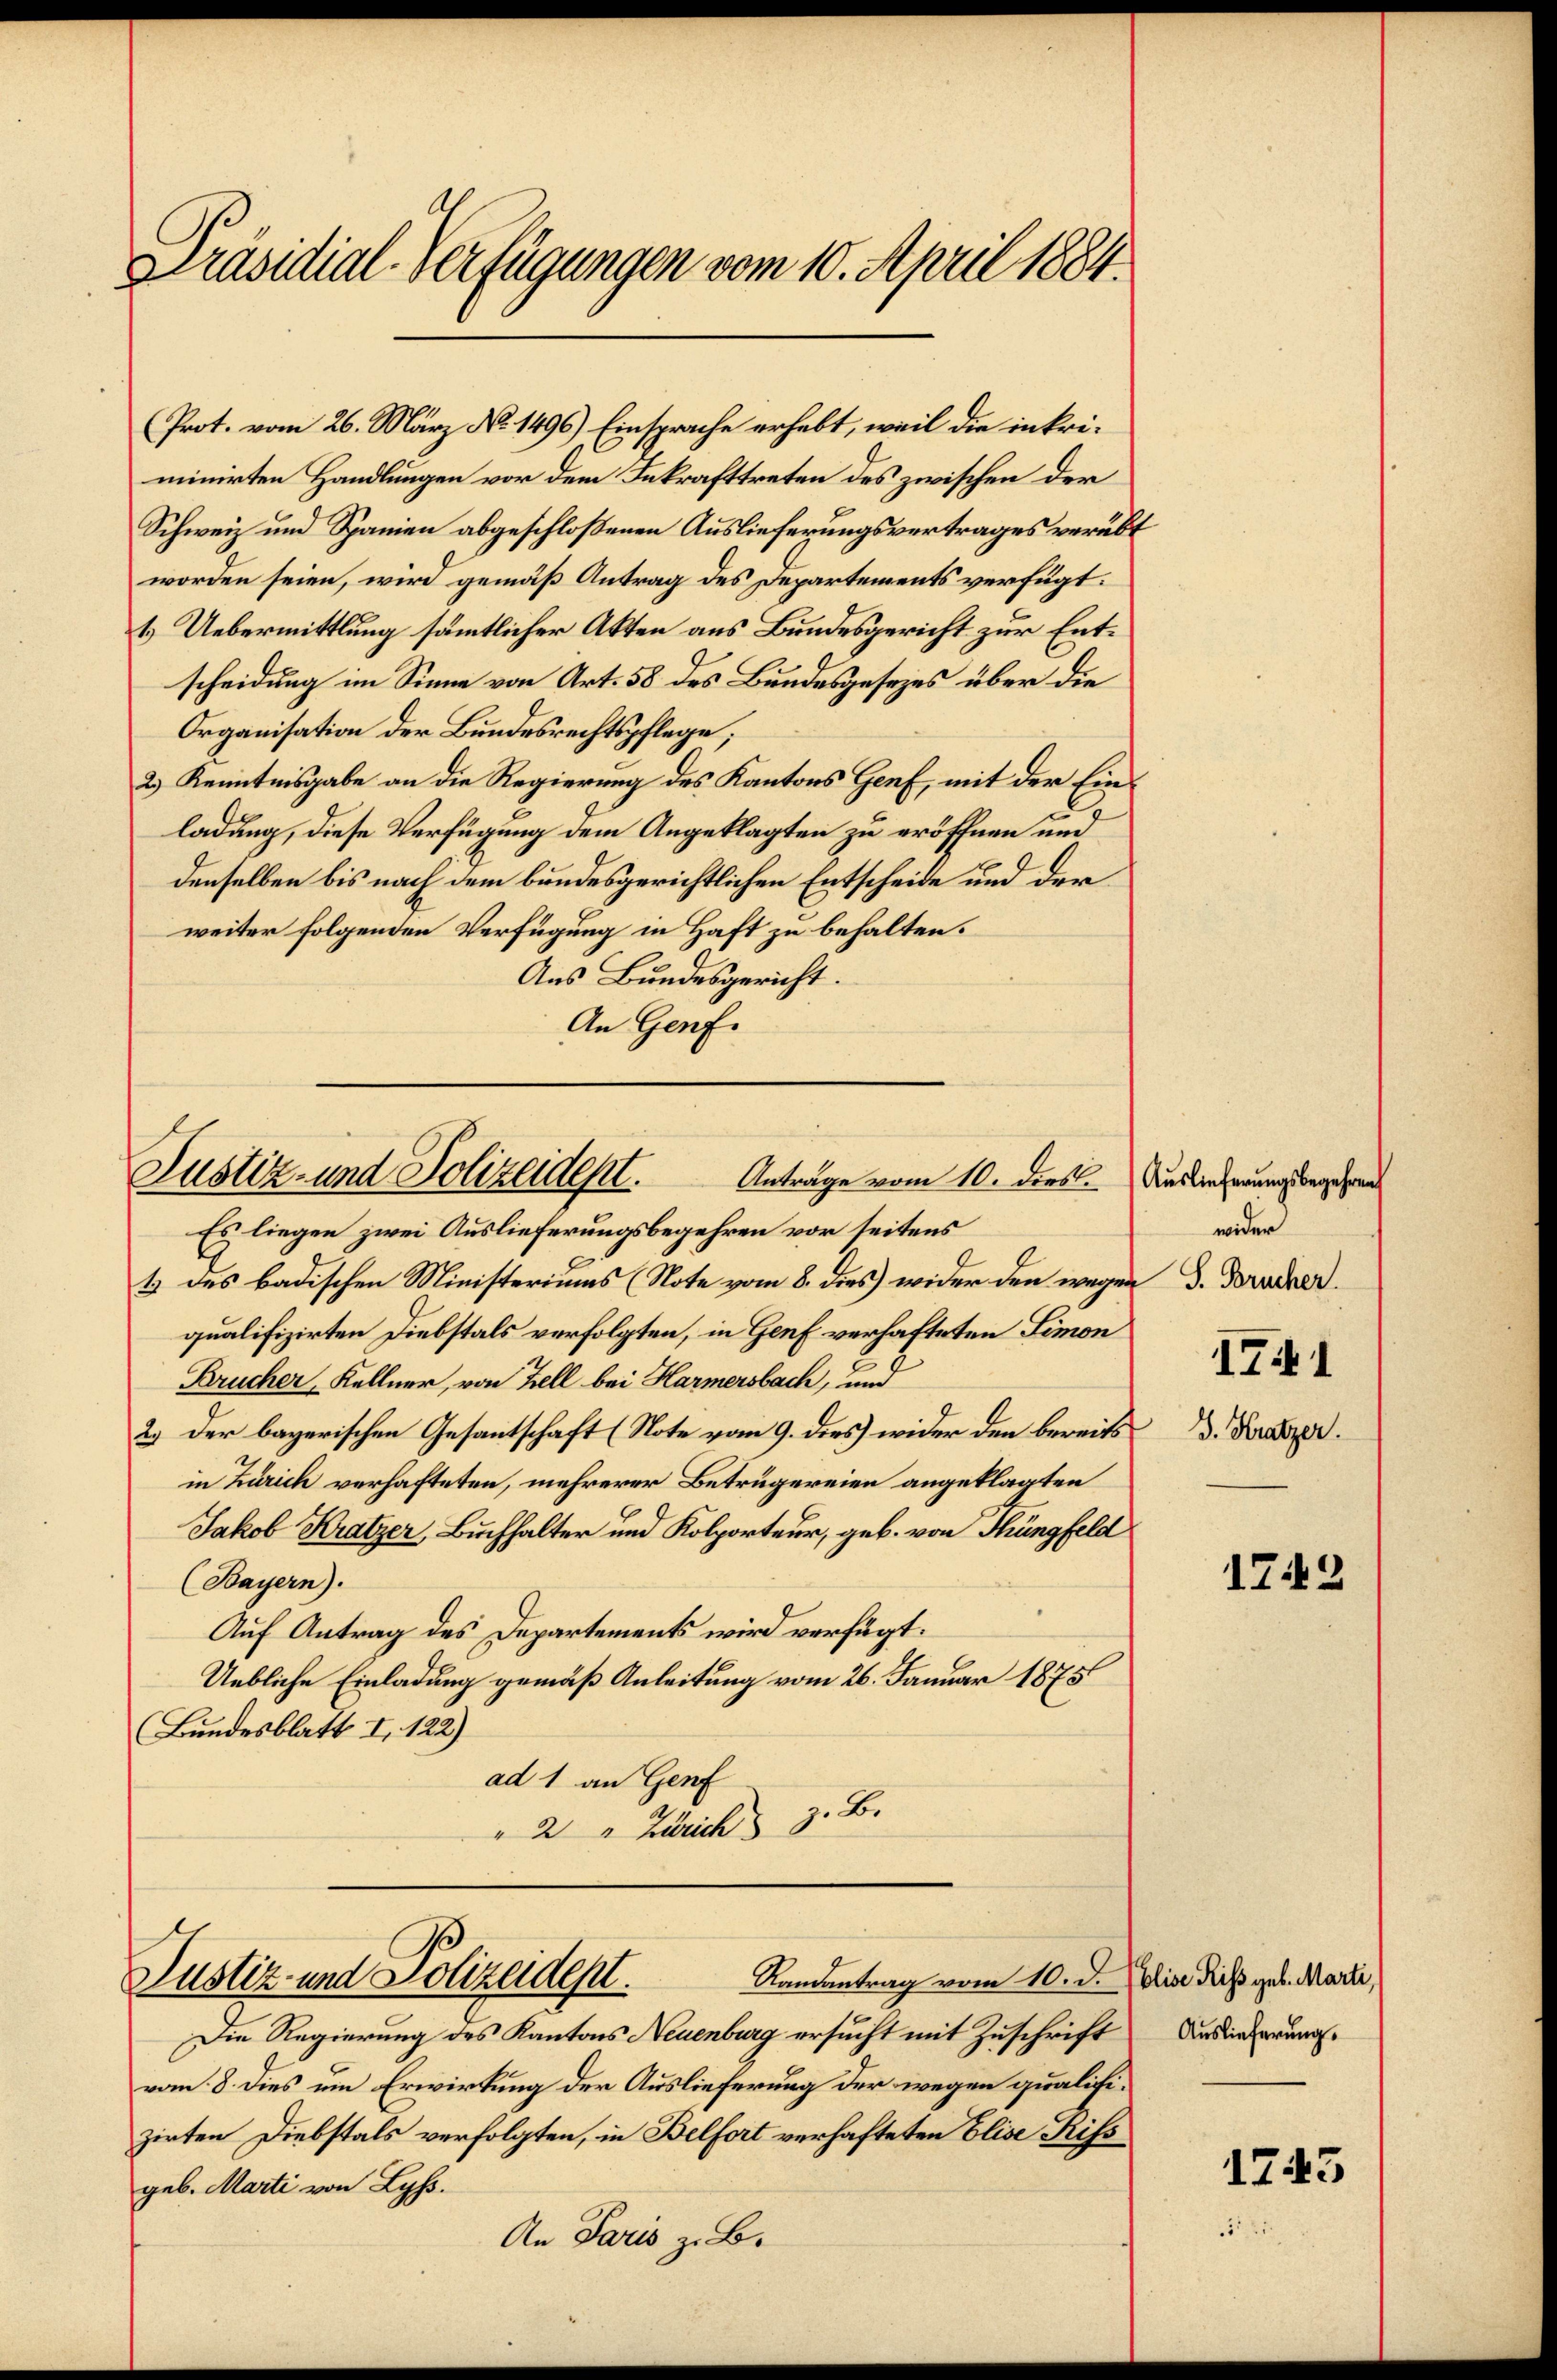
Präsidial-Verfügungen vom 10. April 1884.

minirten Handlungen vor dem Inkrafttreten des zwischen der
Schweiz und Spanien abgeschloßenen Auslieferungsvertrages verübt
worden seien, wird gemäß Antrag des Departements verfügt:
1.) Uebermittlung sämmtlicher Akten aus Bundesgericht zur Entscheidung im Sinne von Art. 58 des Bundesgesezes über die
Organisation der Bundesrechtspflege;
2.) Kenntnisgabe an die Regierung des Kantons Genf, mit der Einladung, diese Verfügung dem Angeklagten zu eröffnen und
denselben bis nach dem bundesgerichtlichen Entscheide und der
weiter folgenden Verfügung in Haft zu behalten.
Aus Bundesgericht.
An Genf.

Justiz- und Polizeidept.
Anträge vom 10. dies

Justiz- und Polizeidept.

(Prot. vom 26. März No. 1496) Einsprache erhebt, weil die inkri¬

Es liegen zwei Auslieferungsbegehren vor seitens
1 des badischen Ministeriums (Note vom 8. dies wider den wegen d. Drucker.
qualifizirten Diebstals verfolgten, in Genf verhafteten Simon
Brucher, Kellner, von Zell bei Harmersbach, und
2.) Der bayerischen Gesantschaft (Note vom 9. dies wider den bereits
in Zürich verhafteten, mehrerer Betrügereien angeklagten
Jakob Kratzer, Buchhalter und Kolporteur, geb. von Thüngfeld
(Bayern).
Auf Antrag des Departements wird verfügt:
Uebliche Einladung gemäß Anleitung vom 26. Januar 1875
Bundesblatt I 122)
ad 1 an Genf
" 2 " Zürich z. B.

Die Regierung des Kantons Neuenburg ersucht mit Zuschrift Auslieferung
vom 8. dies um Erwirkung der Auslieferung der wegen qualifizirten Diebstals verfolgten, in Belfort verhafteten Elise Riss
geb. Marti von Lyss.
An Paris z. B.

Ramantrag vom 10. d. Julise Riss geb. Marti,

Auslieferungsbegehren
wider

1741
J. Kratzer.

1743

1243